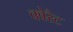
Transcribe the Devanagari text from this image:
क्वेरैट